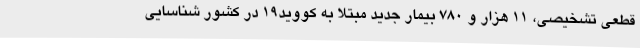
قطعی تشخیصی، 11 هزار و 780 بیمار جدید مبتلا به کووید19 در کشور شناسایی